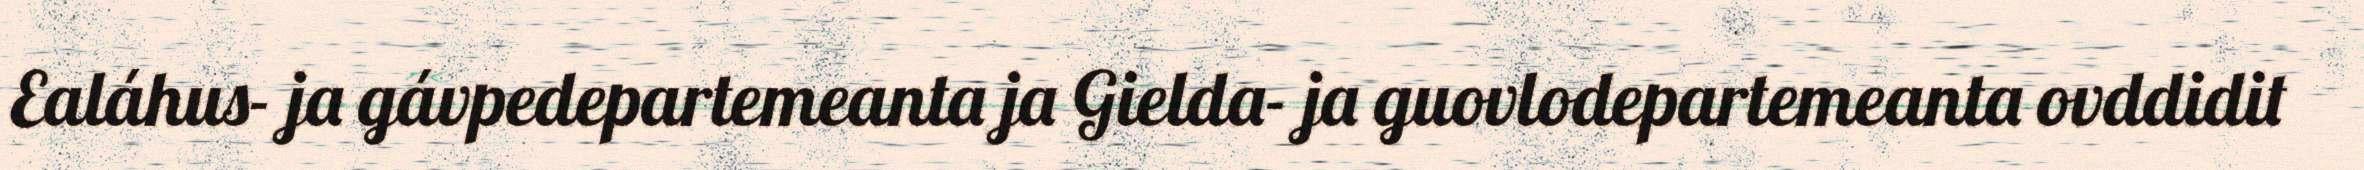
Ealáhus- ja gávpedepartemeanta ja Gielda- ja guovlodepartemeanta ovddidit